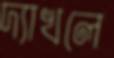
দ্যাখলে